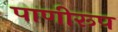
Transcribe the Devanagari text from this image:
पाणीरूप